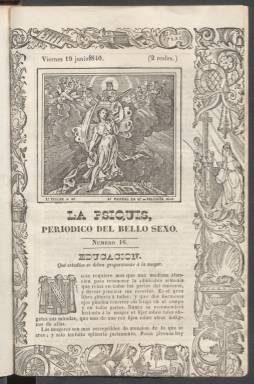
Título: La Psiquis (Valencia)
Colección: Literatura || Revistas femeninas
Ámbito geográfico: Valencia
Lugar de publicación: Valencia
Fechas: 19/06/1840-19/06/1840